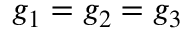
g _ { 1 } = g _ { 2 } = g _ { 3 }